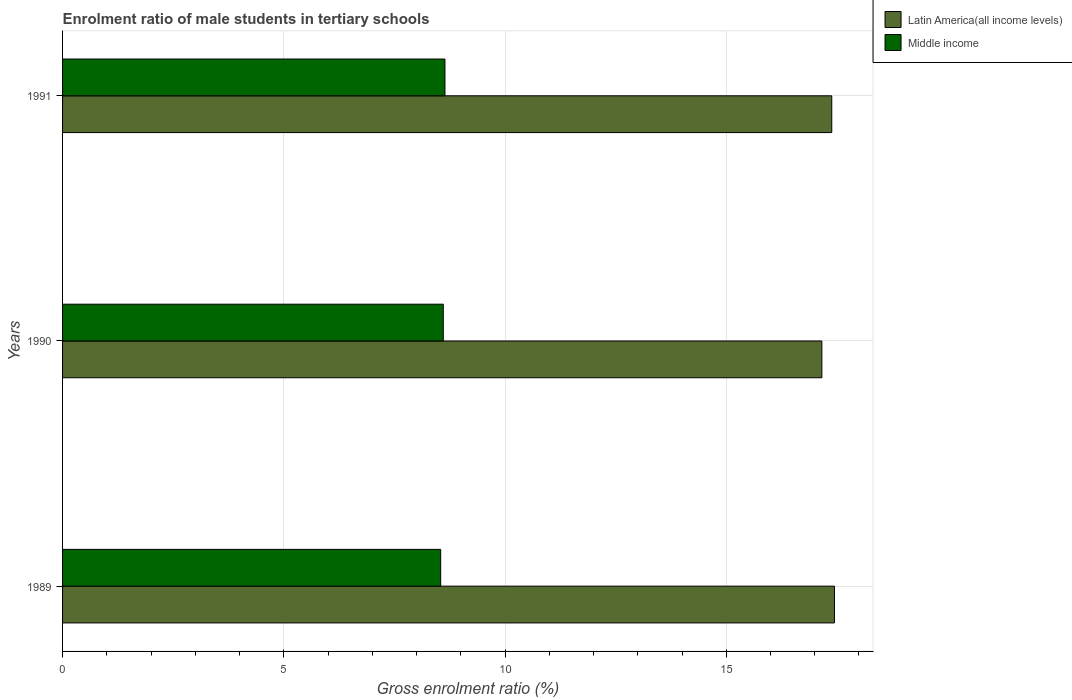
| Years | Latin America(all income levels) | Middle income |
 | --- | --- | --- |
 | 1989 | 17.4 | 8.55 |
 | 1990 | 17.2 | 8.6 |
 | 1991 | 17.4 | 8.64 |